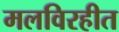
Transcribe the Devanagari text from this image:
मलविरहीत